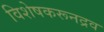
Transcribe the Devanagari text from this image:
विशेषकरूनद्रव